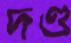
দণ্ড